Insane asylums in Bengal annual reports 1867-1875 - 1867-1875
Year: 1867
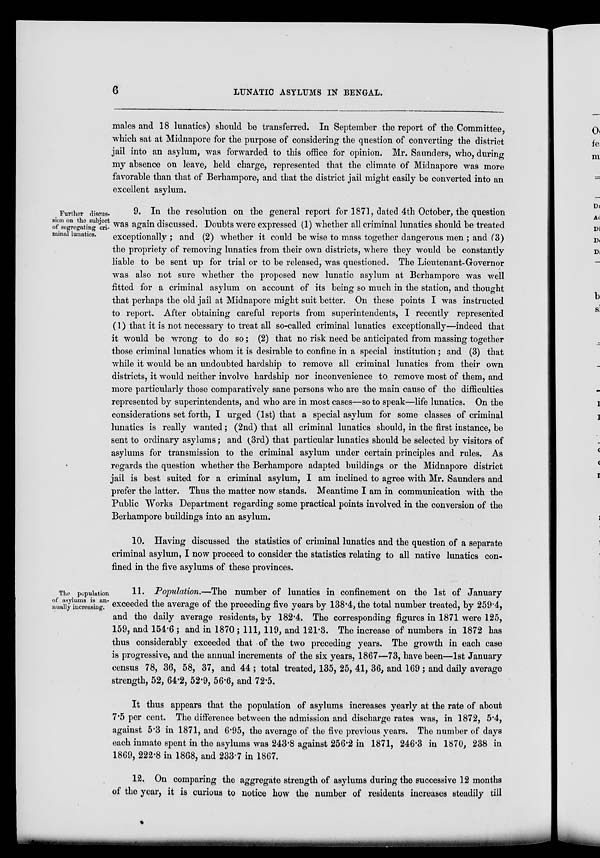
6
LUNATIC ASYLUMS IN BENGAL.
males and 18 lunatics) should be transferred. In September the report of the Committee,
which sat at Midnapore for the purpose of considering the question of converting the district
jail into an asylum, was forwarded to this office for opinion. Mr. Saunders, who, during
my absence on leave, held charge, represented that the climate of Midnapore was more
favorable than that of Berhampore, and that the district jail might easily be converted into an
excellent asylum.
Further discus-
sion on the subject
of segregating cri-
minal lunatics.
9. In the resolution on the general report for 1871, dated 4th October, the question
was again discussed. Doubts were expressed (1) whether all criminal lunatics should be treated
exceptionally ; and (2) whether it could be wise to mass together dangerous men ; and (3)
the propriety of removing lunatics from their own districts, where they would be constantly
liable to be sent up for trial or to be released, was questioned. The Lieutenant-Governor
was also not sure whether the proposed new lunatic asylum at Berhampore was well
fitted for a criminal asylum on account of its being so much in the station, and thought
that perhaps the old jail at Midnapore might suit better. On these points I was instructed
to report. After obtaining careful reports from superintendents, I recently represented
(1) that it is not necessary to treat all so-called criminal lunatics exceptionally—indeed that
it would be wrong to do so; (2) that no risk need be anticipated from massing together
those criminal lunatics whom it is desirable to confine in a special institution; and (3) that
while it would be an undoubted hardship to remove all criminal lunatics from their own
districts, it would neither involve hardship nor inconvenience to remove most of them, and
more particularly those comparatively sane persons who are the main cause of the difficulties
represented by superintendents, and who are in most cases—so to speak—life lunatics. On the
considerations set forth, I urged (1st) that a special asylum for some classes of criminal
lunatics is really wanted; (2nd) that all criminal lunatics should, in the first instance, be
sent to ordinary asylums; and (3rd) that particular lunatics should be selected by visitors of
asylums for transmission to the criminal asylum under certain principles and rules. As
regards the question whether the Berhampore adapted buildings or the Midnapore district
jail is best suited for a criminal asylum, I am inclined to agree with Mr. Saunders and
prefer the latter. Thus the matter now stands. Meantime I am in communication with the
Public Works Department regarding some practical points involved in the conversion of the
Berhampore buildings into an asylum.
10. Having discussed the statistics of criminal lunatics and the question of a separate
criminal asylum, I now proceed to consider the statistics relating to all native lunatics con-
fined in the five asylums of these provinces.
The population
of asylums is an-
nually increasing.
11. Population.—The number of lunatics in confinement on the 1st of January
exceeded the average of the preceding five years by 138.4, the total number treated, by 259.4,
and the daily average residents, by 182.4. The corresponding figures in 1871 were 125,
159, and 154.6 ; and in 1870; 111, 119, and 121.3. The increase of numbers in 1872 has
thus considerably exceeded that of the two preceding years. The growth in each case
is progressive, and the annual increments of the six years, 1867—73, have been—1st January
census 78, 36, 58, 37, and 44 ; total treated, 135, 25, 41, 36, and 169 ; and daily average
strength, 52, 64.2, 52.9, 56.6, and 72.5.
It thus appears that the population of asylums increases yearly at the rate of about
7.5 per cent. The difference between the admission and discharge rates was, in 1872, 5.4,
against 5.3 in 1871, and 6.95, the average of the five previous years. The number of days
each inmate spent in the asylums was 243.8 against 256.2 in 1871, 246.3 in 1870, 238 in
1869, 222.8 in 1868, and 233.7 in 1867.
12. On comparing the aggregate strength of asylums during the successive 12 months
of the year, it is curious to notice how the number of residents increases steadily till